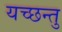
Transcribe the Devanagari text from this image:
यच्छन्तु